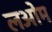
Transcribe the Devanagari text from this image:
लओम